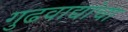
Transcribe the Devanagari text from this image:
गुढवाद्यांचा